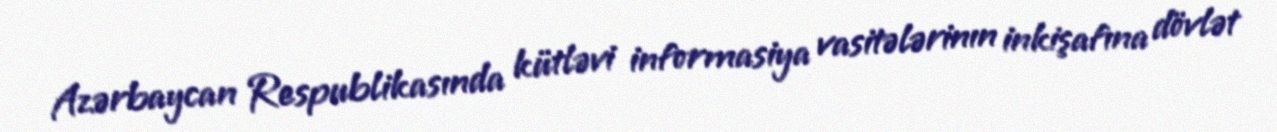
Azərbaycan Respublikasında kütləvi informasiya vasitələrinın inkişafına dövlət